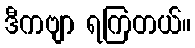
ဒီကဗျာ ရကြတယ်။